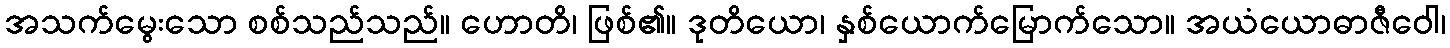
အသက်မွေးသော စစ်သည်သည်။ ဟောတိ၊ ဖြစ်၏။ ဒုတိယော၊ နှစ်ယောက်မြောက်သော။ အယံယောဓာဇီဝေါ၊